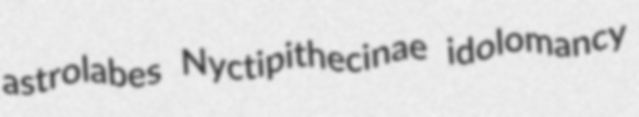
astrolabes Nyctipithecinae idolomancy